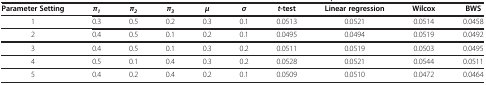
<table><thead><tr><td><b>Parameter Setting</b></td><td><b><i>π</i><sub><i>1</i></sub></b></td><td><b><i>π</i><sub><i>2</i></sub></b></td><td><b><i>π</i><sub><i>3</i></sub></b></td><td><b><i>μ</i></b></td><td><b><i>σ</i></b></td><td><b><i>t</i>-test</b></td><td><b>Linear regression</b></td><td><b>Wilcox</b></td><td><b>BWS</b></td></tr></thead><tbody><tr><td>1</td><td>0.3</td><td>0.5</td><td>0.2</td><td>0.3</td><td>0.1</td><td>0.0513</td><td>0.0521</td><td>0.0514</td><td>0.0458</td></tr><tr><td>2</td><td>0.4</td><td>0.5</td><td>0.1</td><td>0.2</td><td>0.1</td><td>0.0495</td><td>0.0494</td><td>0.0519</td><td>0.0492</td></tr><tr><td>3</td><td>0.4</td><td>0.5</td><td>0.1</td><td>0.3</td><td>0.2</td><td>0.0511</td><td>0.0519</td><td>0.0503</td><td>0.0495</td></tr><tr><td>4</td><td>0.5</td><td>0.1</td><td>0.4</td><td>0.3</td><td>0.2</td><td>0.0528</td><td>0.0521</td><td>0.0544</td><td>0.0511</td></tr><tr><td>5</td><td>0.4</td><td>0.2</td><td>0.4</td><td>0.2</td><td>0.1</td><td>0.0509</td><td>0.0510</td><td>0.0472</td><td>0.0464</td></tr></tbody></table>